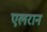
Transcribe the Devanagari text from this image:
एलरान